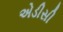
એડીસી